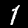
Digit: 1